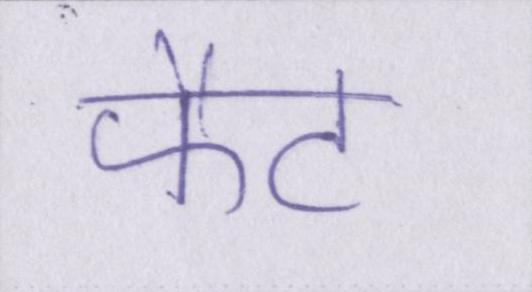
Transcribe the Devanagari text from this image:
फैट